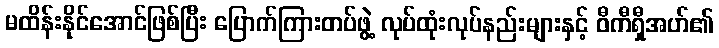
မထိန်းနိုင်အောင်ဖြစ်ပြီး ပြောက်ကြားတပ်ဖွဲ့ လုပ်ထုံးလုပ်နည်းများနှင့် ဝီကီရှီအဟ်၏